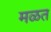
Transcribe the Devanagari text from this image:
मळत